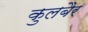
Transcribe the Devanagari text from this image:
कुलबैर